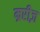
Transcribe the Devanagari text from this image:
म्ररीज़